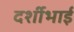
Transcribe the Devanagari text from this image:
दर्शीभाई